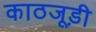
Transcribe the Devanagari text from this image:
काठजूड़ी